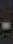
-